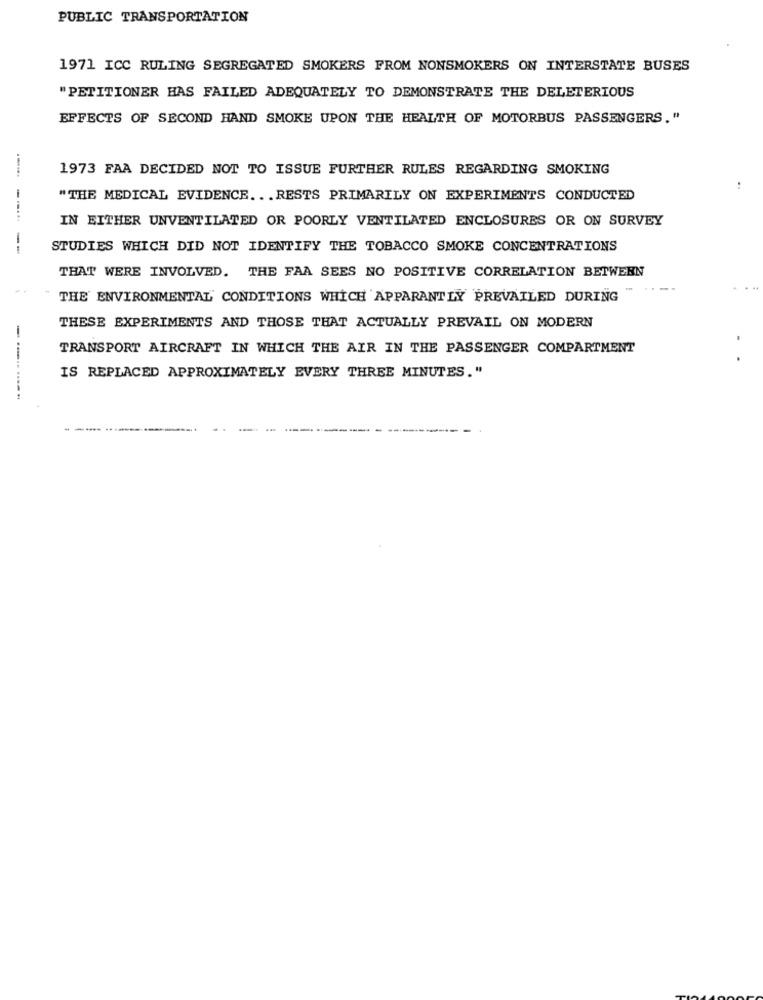
PUBLIC TRANSPORTATION
1971 ICC RULING SEGREGATED SMOKERS FROM NONSMOKERS ON INTERSTATE BUSES
"PETITIONER HAS FAILED ADEQUATELY TO DEMONSTRATE THE DELETERIOUS
EFFECTS OF SECOND HAND SMOKE UPON THE HEALTH OF MOTORBUS PASSENGERS. "
1973 FAA DECIDED NOT TO ISSUE FURTHER RULES REGARDING SMOKING
......
..
"THE MEDICAL EVIDENCE. . . RESTS PRIMARILY ON EXPERIMENTS CONDUCTED
--...
IN EITHER UNVENTILATED OR POORLY VENTILATED ENCLOSURES OR ON SURVEY
--
STUDIES WHICH DID NOT IDENTIFY THE TOBACCO SMOKE CONCENTRATIONS
THAT WERE INVOLVED. THE FAA SEES NO POSITIVE CORRELATION BETWEEN
-
THE ENVIRONMENTAL CONDITIONS WHICH APPARANTLY PREVAILED DURING
THESE EXPERIMENTS AND THOSE THAT ACTUALLY PREVAIL ON MODERN
TRANSPORT AIRCRAFT IN WHICH THE AIR IN THE PASSENGER COMPARTMENT
.
IS REPLACED APPROXIMATELY EVERY THREE MINUTES."